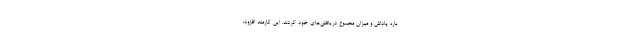
باره پاداش و میزان مجموع دریافتی‌های خود کردند. این کارمند افزود: